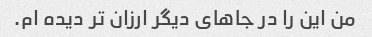
من این را در جاهای دیگر ارزان تر دیده ام.